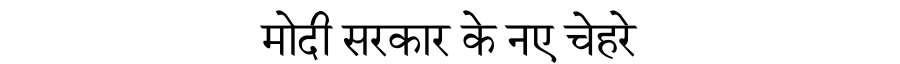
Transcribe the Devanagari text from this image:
मोदी सरकार के नए चेहरे